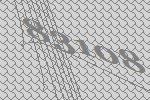
83108